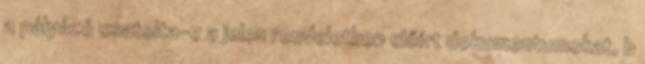
a pályázó csatolta-e a jelen rendeletben előírt dokumentumokat, b